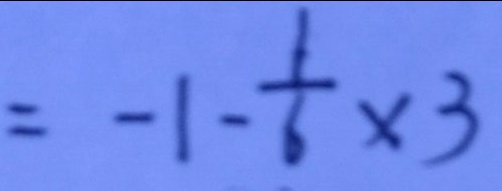
= - 1 - \frac { 1 } { 6 } \times 3